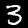
Digit: 3